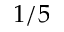
1 / 5